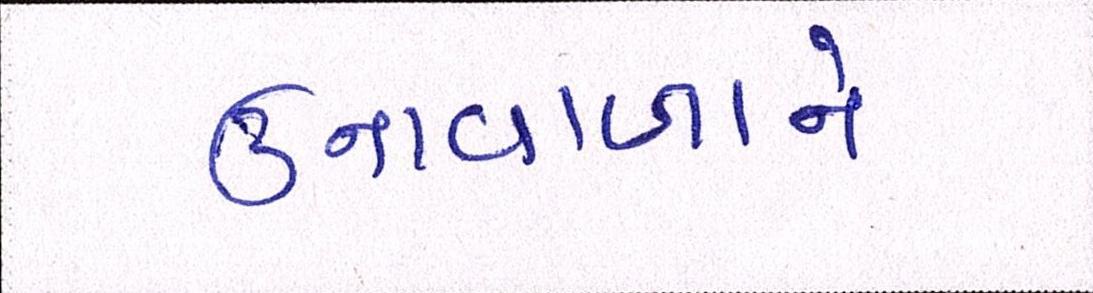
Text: ઉનાવાળાને